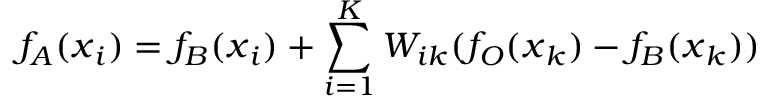
f _ { A } ( \boldsymbol { x } _ { i } ) = f _ { B } ( \boldsymbol { x } _ { i } ) + \sum _ { i = 1 } ^ { K } W _ { i k } ( f _ { O } ( \boldsymbol { x } _ { k } ) - f _ { B } ( \boldsymbol { x } _ { k } ) )